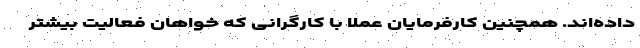
داده‌اند. همچنین کارفرمایان عملاٌ با کارگرانی که خواهان فعالیت بیشتر